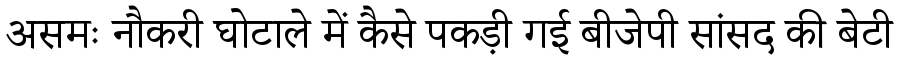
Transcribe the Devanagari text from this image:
असमः नौकरी घोटाले में कैसे पकड़ी गई बीजेपी सांसद की बेटी